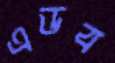
এডব